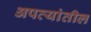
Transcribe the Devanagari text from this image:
अपत्यांतील